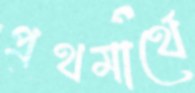
প্রথমার্থে